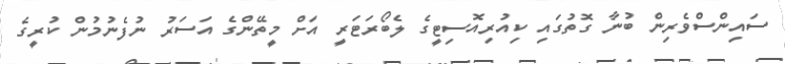
ސައިންސްވެރިން ބުނާ ގޮތުގައި ކިއުރިއޮސިޓީގެ ލެބޯރަޓަރީ އަށް މީތޭންގެ އަސަރު ނުފެނުމުން ކުރީގެ